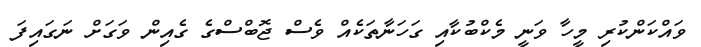
ވައްކަންކުރި މީހާ ވަނީ މެކްބުކާއި ގަހަނާތަކެއް ވެސް ޖޮބްސްގެ ގެއިން ވަގަށް ނަގައިފަ